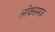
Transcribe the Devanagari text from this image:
लोकसमज